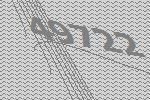
49722